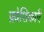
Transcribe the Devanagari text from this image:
प्रवेशिकाएँ